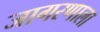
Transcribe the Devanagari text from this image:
जागरणाला